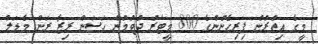
މީގެ އިތުރުން ފިރިހެނުންގެ 800 މީޓަރު ދުވުމުން ހަސަން ރިޒާ ރަން މެޑަލް